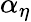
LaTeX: \alpha_{\eta}